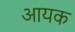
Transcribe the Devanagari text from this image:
आयक